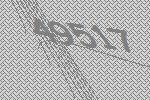
49517